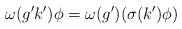
LaTeX: \begin{align*} \omega(g'k')\phi=\omega(g') (\sigma(k')\phi)\end{align*}